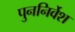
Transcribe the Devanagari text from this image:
पुननिर्वेश